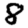
Digit: 8